Lunatic asylums United Provinces 1899-1908 - 1899-1908
Year: 1899
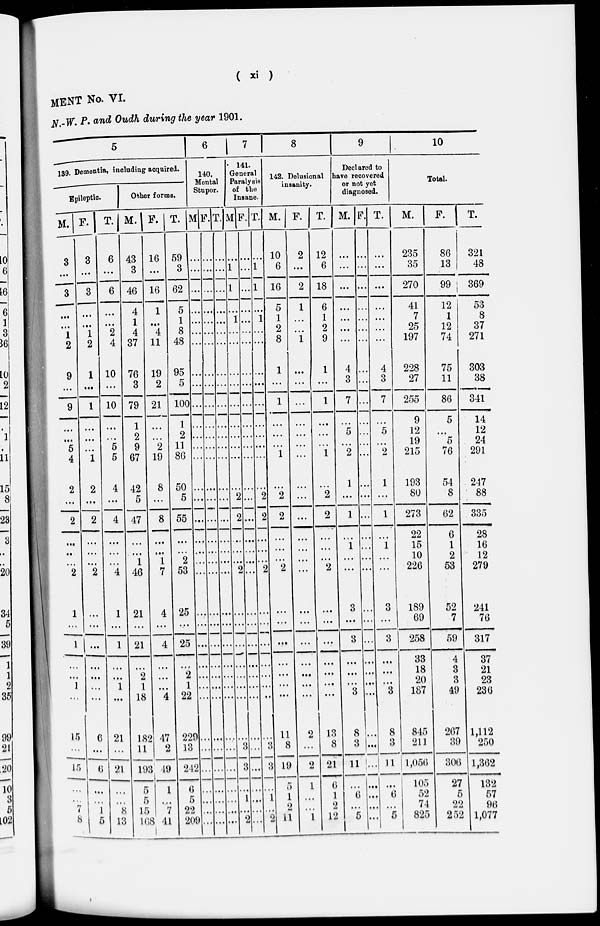
(
xi
)
MENT No. VI.
N.-W. P. and Oudh during the year 1901.
5
139. Dementia, including acquired.
Epileptic.
M.
3
...
3
...
...
1
2
9
...
9
...
...
5
4
2
...
2
...
...
...
2
1
...
1
...
...
1
...
15
...
15
...
...
7
8
F.
3
...
3
...
...
1
2
1
...
1
...
...
...
1
2
...
2
...
...
...
2
...
...
...
...
...
...
...
6
...
6
...
...
1
5
T.
6
...
6
...
...
2
4
10
...
10
...
...
5
5
4
...
4
...
...
...
4
1
...
1
...
...
1
...
21
...
21
...
...
8
13
Other forms.
M.
43
3
46
4
1
4
37
76
3
79
1
2
9
67
42
5
47
...
...
1
46
21
...
21
...
2
1
18
182
11
193
5
5
15
168
F.
16
...
16
1
...
4
11
19
2
21
...
...
2
19
8
...
8
...
...
1
7
4
...
4
...
...
...
4
47
2
49
1
...
7
41
T.
59
3
62
5
1
8
48
95
5
100
1
2
11
86
50
5
55
...
...
2
53
25
...
25
...
2
1
22
229
13
242
6
5
22
209
6
140.
Mental
Stupor.
M
...
...
...
...
...
...
...
...
...
...
...
...
...
...
...
...
...
...
...
...
...
...
...
...
...
...
...
...
...
...
...
...
...
...
...
F.
...
...
...
...
...
...
...
...
...
...
...
...
...
...
...
...
...
...
...
...
...
...
...
...
...
...
...
...
...
...
...
...
...
...
...
T.
...
...
...
...
...
...
...
...
...
...
...
...
...
...
...
...
...
...
...
...
...
...
...
...
...
...
...
...
...
...
...
...
...
...
...
7
141.
General
Paralysis
of the
Insane.
M.
...
1
1
...
1
...
...
...
...
...
...
...
...
...
...
2
2
...
...
...
2
...
...
...
...
...
...
...
...
3
3
...
1
...
2
F.
...
...
...
...
...
...
...
...
...
...
...
...
...
...
...
...
...
...
...
...
...
...
...
...
...
...
...
...
...
...
...
...
...
...
...
T.
...
1
1
...
1
...
...
...
...
...
...
...
...
...
...
2
2
...
...
...
2
...
...
...
...
...
...
...
...
3
3
...
1
...
2
8
142. Delusional
insanity.
M.
10
6
16
5
1
2
8
1
...
1
...
...
...
1
...
2
2
...
...
...
2
...
...
...
...
...
...
...
11
8
19
5
1
2
11
F.
2
...
2
1
...
...
1
...
...
...
...
...
...
...
...
...
...
...
...
...
...
...
...
...
...
...
...
...
2
...
2
1
...
...
1
T.
12
6
18
6
1
2
9
1
...
1
...
...
...
1
...
2
2
...
...
...
2
...
...
...
...
...
...
...
13
8
21
6
1
2
12
9
Declared to
have recovered
or not yet
diagnosed.
M.
...
...
...
...
...
...
...
4
3
7
...
5
...
2
1
...
1
...
1
...
...
3
...
3
...
...
...
3
8
3
11
...
6
...
5
F.
...
...
...
...
...
...
...
...
...
...
...
...
...
...
...
...
...
...
...
...
...
...
...
...
...
...
...
...
...
...
...
...
...
...
...
T.
...
...
...
...
...
...
...
4
3
7
...
5
...
2
1
...
1
...
1
...
...
3
...
3
...
...
...
3
8
3
11
...
6
...
5
10
Total.
M.
235
35
270
41
7
25
197
228
27
255
9
12
19
215
193
80
273
22
15
10
226
189
69
258
33
18
20
187
845
211
1,050
105
52
74
825
F.
86
13
99
12
1
12
74
75
11
86
5
...
5
76
54
8
62
6
1
2
53
52
7
59
4
3
3
49
267
39
306
27
5
22
252
T.
321
48
369
53
8
37
271
303
38
341
14
12
24
291
247
88
335
28
16
12
279
241
76
317
37
21
23
236
1,112
250
1,362
132
57
96
1,077